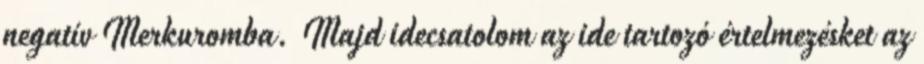
negatív Merkuromba. Majd idecsatolom az ide tartozó értelmezésket az